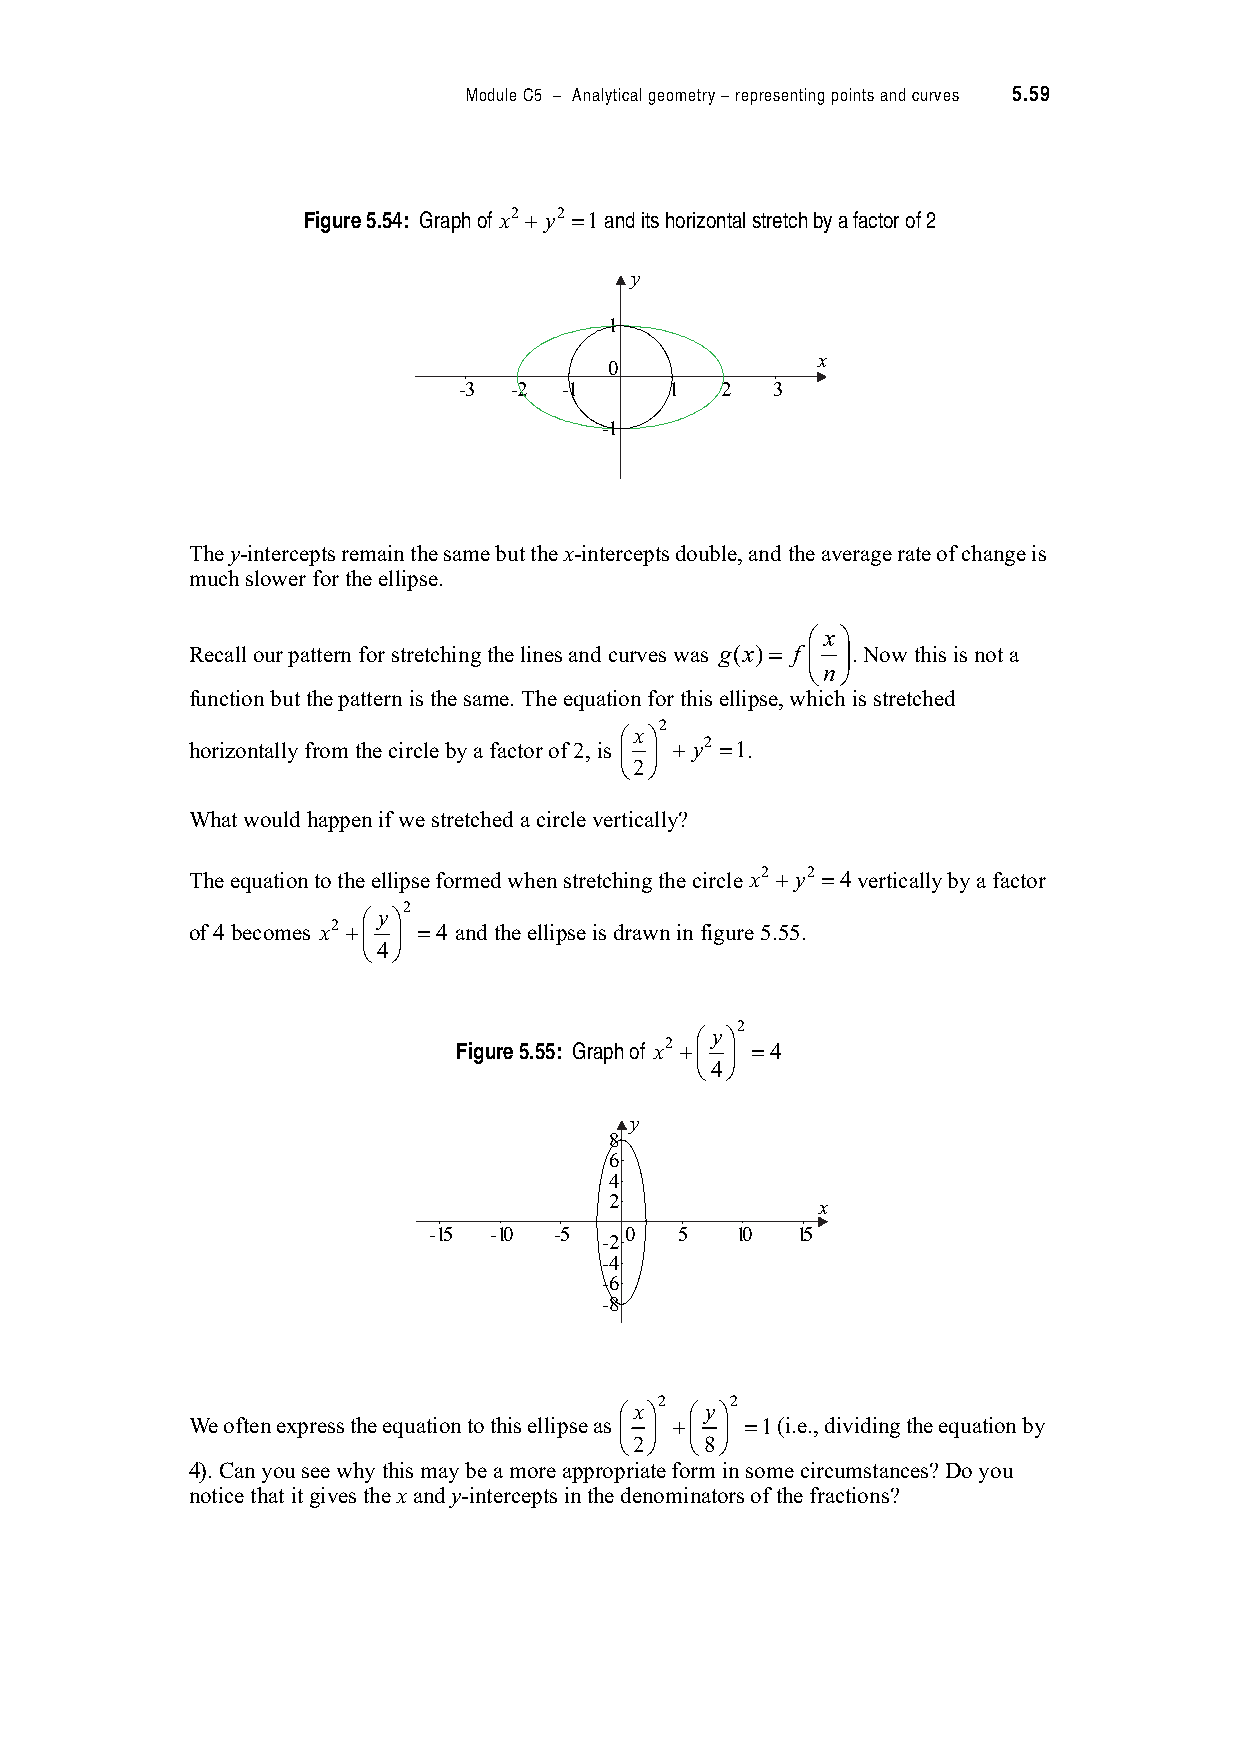
Module C5 – Analytical geometry – representing points and curves 5.59
 Figure 5.54: Graph of x2 # y2 "1 and its horizontal stretch by a factor of 2
 y
 1
 x
 0
 -3  -2 -1     1   2  3
 -1
 The y-intercepts remain the same but the x-intercepts double, and the average rate of change is
 much slower for the ellipse.
 $ x%
 Recall our pattern for stretching the lines and curves was g(x)" f & '. Now this is not a
 (n)
 function but the pattern is the same. The equation for this ellipse, which is stretched
 2
 $x%
 horizontally from the circle by a factor of 2, is & ' # y2 "1.
 (2)
 What would happen if we stretched a circle vertically?
 The equation to the ellipse formed when stretching the circle x2 # y2 "4 vertically by a factor
 2
 $ y%
 of 4 becomes x2 #& ' "4 and the ellipse is drawn in figure 5.55.
 (4)
 2
 $ y%
 Figure 5.55: Graph of x2 #& ' "4
 (4)
 y
 8
 6
 4
 2             x
 -15 -10  -5  0   5   10  15
 -2
 -4
 -6
 -8
 2   2
 $x%  $ y%
 We often express the equation to this ellipse as & ' #& ' "1 (i.e., dividing the equation by
 (2)  (8)
 4). Can you see why this may be a more appropriate form in some circumstances? Do you
 notice that it gives the x and y-intercepts in the denominators of the fractions?